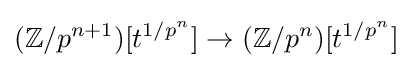
(\mathbb {Z} /p^{n+1})[t^{1/p^{n}}]\to (\mathbb {Z} /p^{n})[t^{1/p^{n}}]